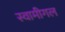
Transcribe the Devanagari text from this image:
स्वामीगल